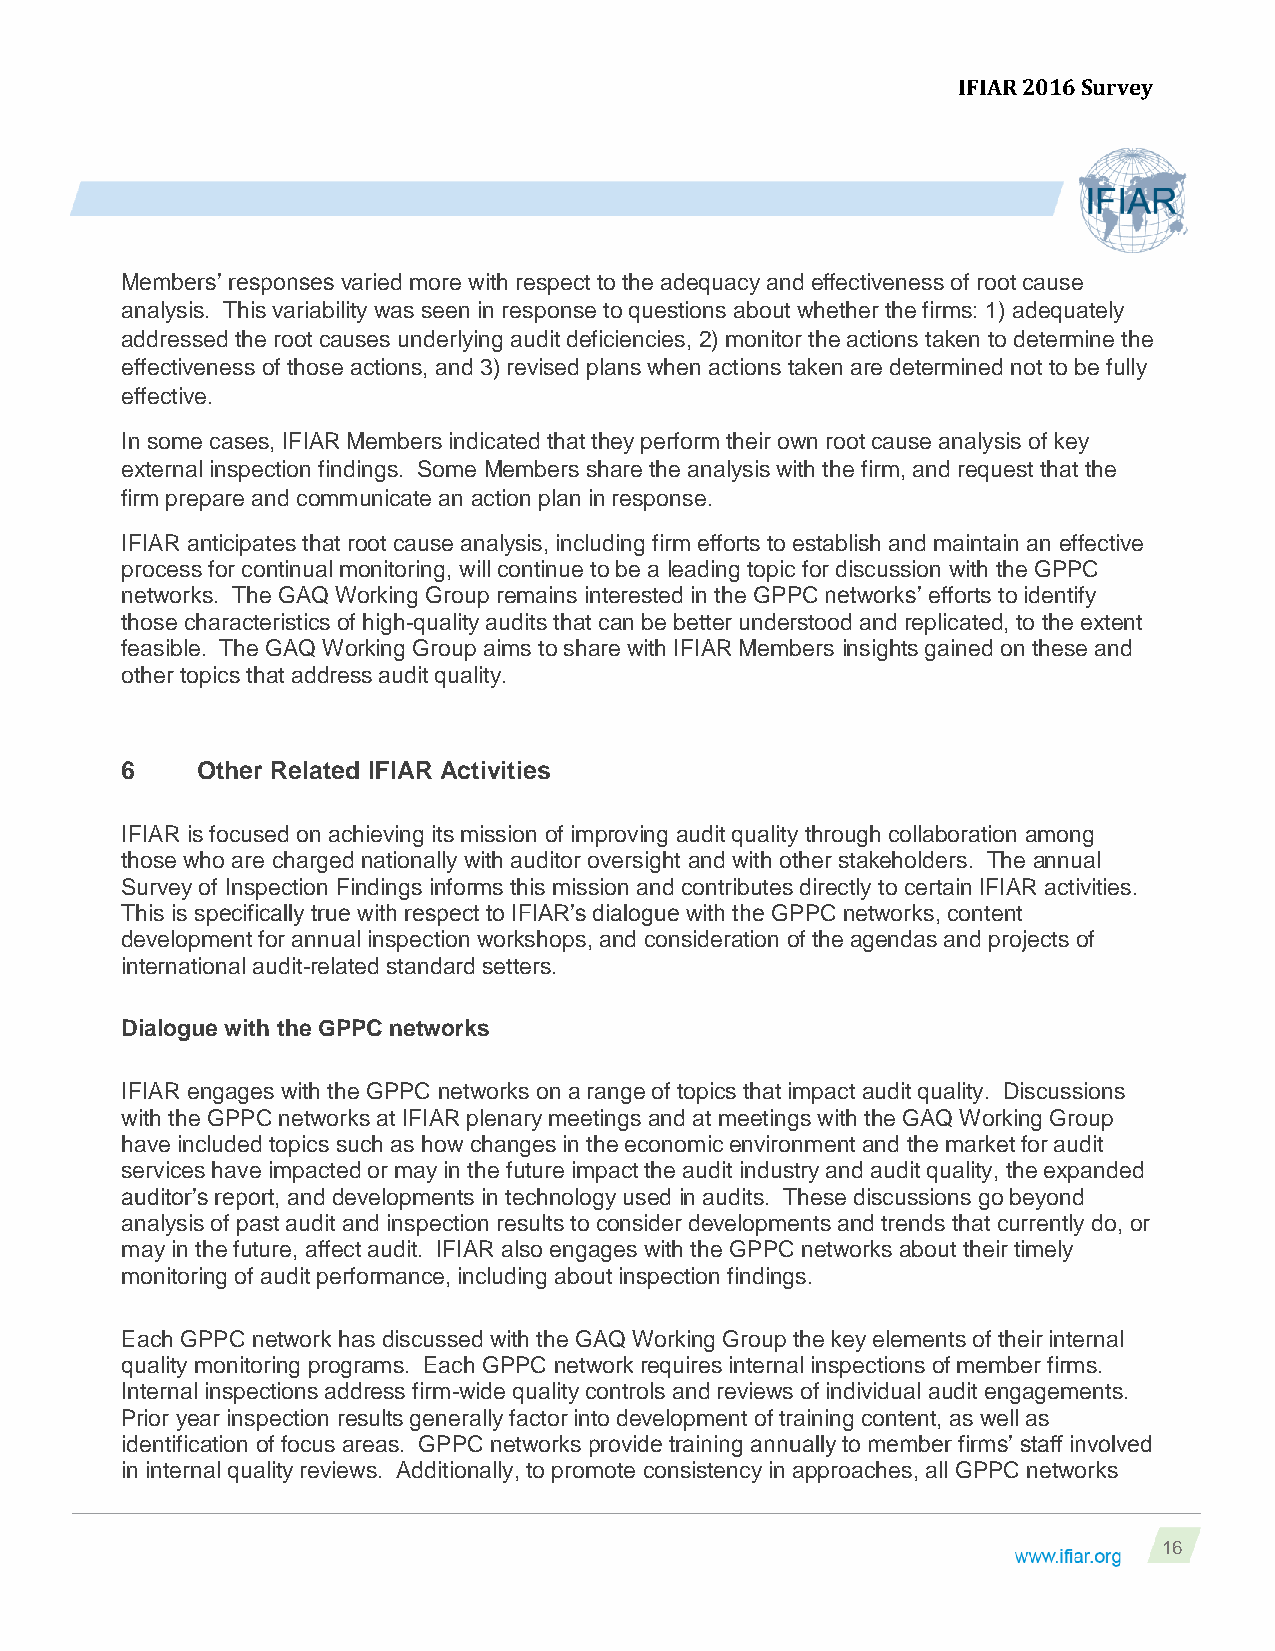
IFIAR 2016 Survey
 Members’ responses varied more with respect to the adequacy and effectiveness of root cause
 analysis. This variability was seen in response to questions about whether the firms: 1) adequately
 addressed the root causes underlying audit deficiencies, 2) monitor the actions taken to determine the
 effectiveness of those actions, and 3) revised plans when actions taken are determined not to be fully
 effective.
 In some cases, IFIAR Members indicated that they perform their own root cause analysis of key
 external inspection findings. Some Members share the analysis with the firm, and request that the
 firm prepare and communicate an action plan in response.
 IFIAR anticipates that root cause analysis, including firm efforts to establish and maintain an effective
 process for continual monitoring, will continue to be a leading topic for discussion with the GPPC
 networks. The GAQ Working Group remains interested in the GPPC networks’ efforts to identify
 those characteristics of high-quality audits that can be better understood and replicated, to the extent
 feasible. The GAQ Working Group aims to share with IFIAR Members insights gained on these and
 other topics that address audit quality.
 6    Other Related IFIAR Activities
 IFIAR is focused on achieving its mission of improving audit quality through collaboration among
 those who are charged nationally with auditor oversight and with other stakeholders. The annual
 Survey of Inspection Findings informs this mission and contributes directly to certain IFIAR activities.
 This is specifically true with respect to IFIAR’s dialogue with the GPPC networks, content
 development for annual inspection workshops, and consideration of the agendas and projects of
 international audit-related standard setters.
 Dialogue with the GPPC networks
 IFIAR engages with the GPPC networks on a range of topics that impact audit quality. Discussions
 with the GPPC networks at IFIAR plenary meetings and at meetings with the GAQ Working Group
 have included topics such as how changes in the economic environment and the market for audit
 services have impacted or may in the future impact the audit industry and audit quality, the expanded
 auditor’s report, and developments in technology used in audits. These discussions go beyond
 analysis of past audit and inspection results to consider developments and trends that currently do, or
 may in the future, affect audit. IFIAR also engages with the GPPC networks about their timely
 monitoring of audit performance, including about inspection findings.
 Each GPPC network has discussed with the GAQ Working Group the key elements of their internal
 quality monitoring programs. Each GPPC network requires internal inspections of member firms.
 Internal inspections address firm-wide quality controls and reviews of individual audit engagements.
 Prior year inspection results generally factor into development of training content, as well as
 identification of focus areas. GPPC networks provide training annually to member firms’ staff involved
 in internal quality reviews. Additionally, to promote consistency in approaches, all GPPC networks
 16